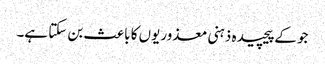
جو کےپیچیدہ ذہنی معذوریوں کا باعث بن سکتا ہے۔